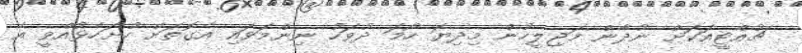
ޗުއްޓީއަކަށް ނުދާން މަޖިލީހުން މިދިޔަ ހޯމަ ދުވަހު ނިންމަވައި އެގޮތަށް ހުށަހެޅުއްވީ އެ